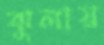
ঝুলায়